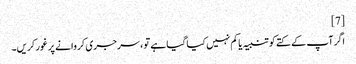
[7]
اگر آپ کے کتے کو تنبیہ یا کم نہیں کیا گیا ہے تو ، سرجری کروانے پر غور کریں۔